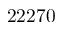
2 2 2 7 0